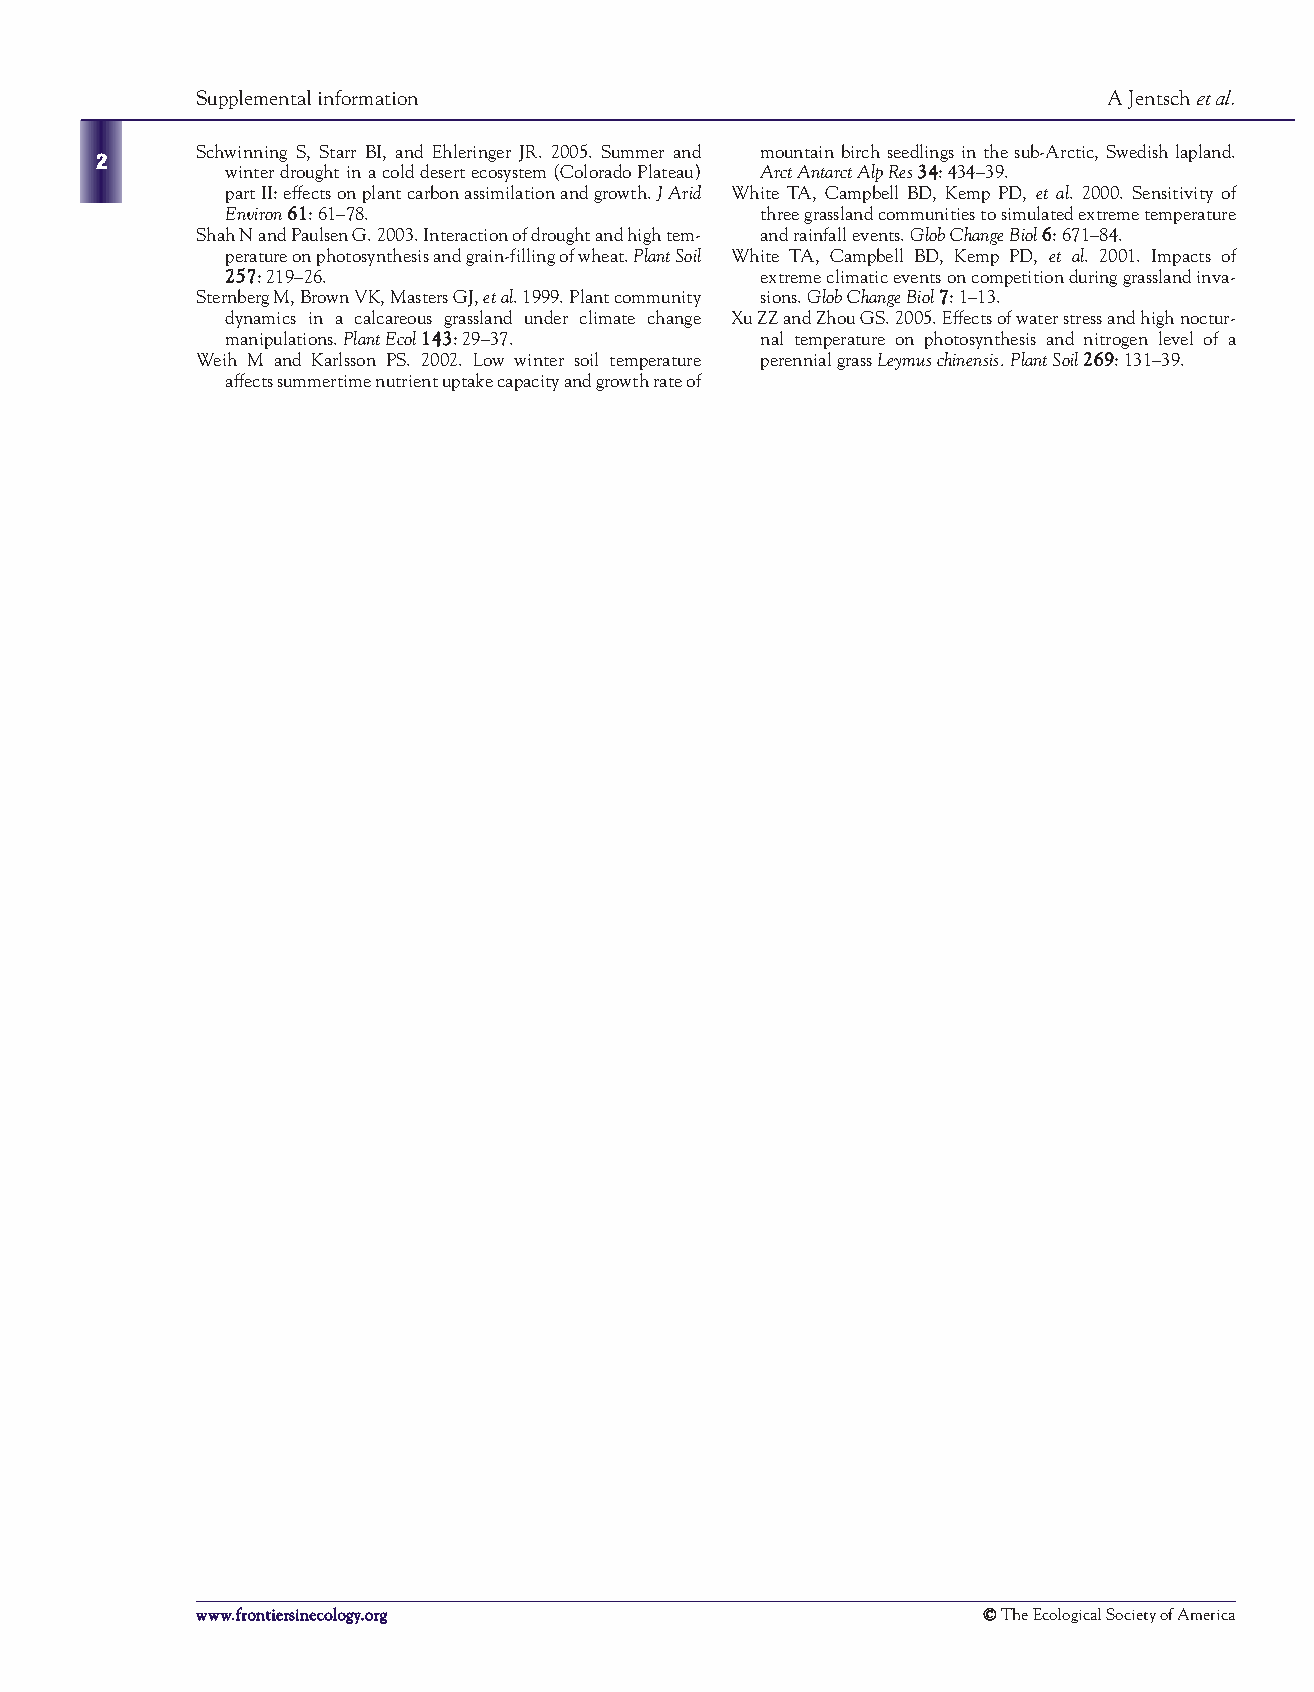
Supplemental information                                    A Jentsch et al.
 Schwinning S, Starr BI, and Ehleringer JR. 2005. Summer and mountain birch seedlings in the sub-Arctic, Swedish lapland.
 2
 winter drought in a cold desert ecosystem (Colorado Plateau) Arct Antarct Alp Res3344: 434–39.
 part II: effects on plant carbon assimilation and growth. J Arid White TA, Campbell BD, Kemp PD, et al. 2000. Sensitivity of
 Environ6611: 61–78.                three grassland communities to simulated extreme temperature
 Shah N and Paulsen G. 2003. Interaction of drought and high tem- and rainfall events. Glob Change Biol66: 671–84.
 perature on photosynthesis and grain-filling of wheat. Plant Soil White TA, Campbell BD, Kemp PD, et al. 2001. Impacts of
 225577: 219–26.                    extreme climatic events on competition during grassland inva-
 Sternberg M, Brown VK, Masters GJ, et al. 1999. Plant community sions. Glob Change Biol77: 1–13.
 dynamics in a calcareous grassland under climate change Xu ZZ and Zhou GS. 2005. Effects of water stress and high noctur-
 manipulations. Plant Ecol114433: 29–37. nal temperature on photosynthesis and nitrogen level of a
 Weih M and Karlsson PS. 2002. Low winter soil temperature perennial grass Leymus chinensis. Plant Soil226699: 131–39.
 affects summertime nutrient uptake capacity and growth rate of
 wwwwww..ffrroonnttiieerrssiinneeccoollooggyy..oorrgg ©© The Ecological Society of America